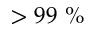
> 9 9 ~ \%